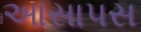
આસાપસ